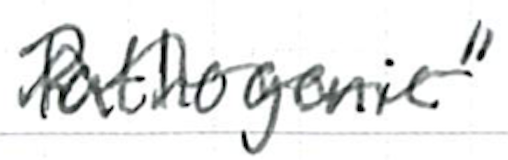
Text: pathogenic"
Cross-out: wave
Writing tool: ballpoint